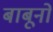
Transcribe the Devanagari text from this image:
बाबूनों